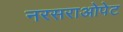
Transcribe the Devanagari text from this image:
नरसराओपेट